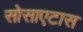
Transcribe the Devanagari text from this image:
सोसाएटास